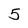
Character: 5